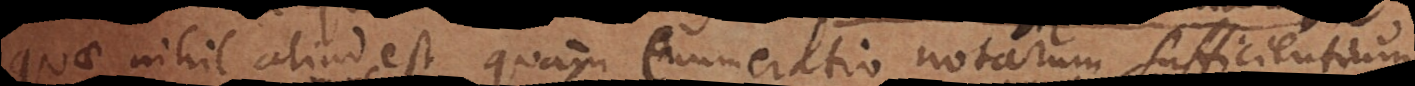
quae nihil aliud est, quam enumeratio notarum sufficientium.